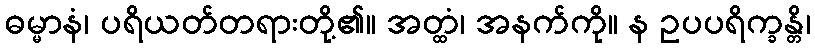
ဓမ္မာနံ၊ ပရိယတ်တရားတို့၏။ အတ္ထံ၊ အနက်ကို။ န ဥပပရိက္ခန္တိ၊